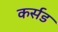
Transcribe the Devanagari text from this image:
कर्सड